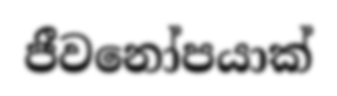
ජීවනෝපයාක්